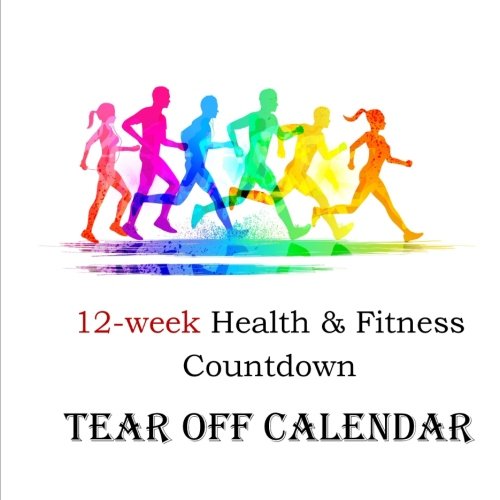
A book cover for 12-week Health & Fitness Countdown Tear off  Calendar; Ms S B Olafsdottir; Calendars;